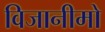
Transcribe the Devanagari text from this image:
विजानीमो